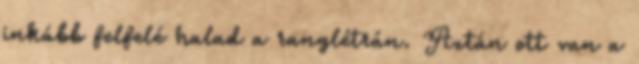
inkább felfelé halad a ranglétrán. Aztán ott van a